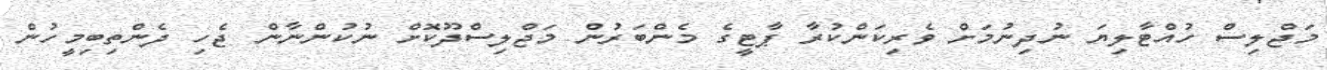
މަޖްލިސް ހުއްޓާލިޔަ ނުދިނުމަށް ވެރިކަންކުރާ ޕާޓީގެ މެންބަރުން މަޖްލިސްދޫކޮށް ނުކުންނާން ޖެހި ދެންތިބިމީހުން